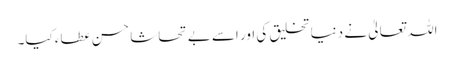
اللہ تعالیٰ نے دنیا تخلیق کی اور اسے بے تحاشا حسن عطاء کیا۔